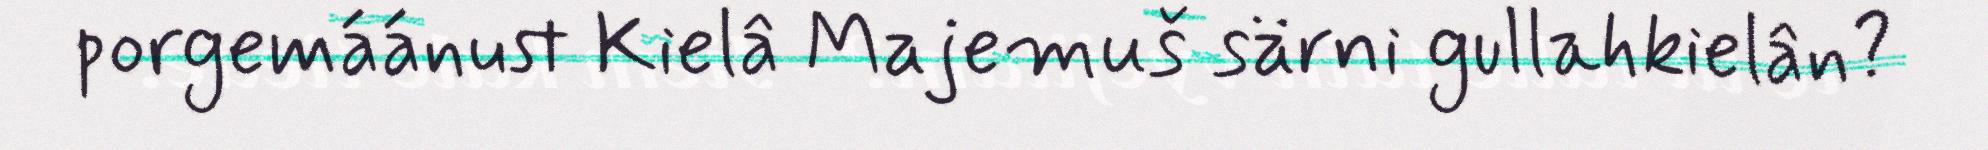
porgemáánust Kielâ Majemuš särni gullahkielân?